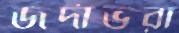
জর্দাভরা